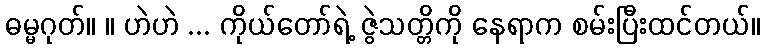
ဓမ္မဂုတ်။ ။ ဟဲဟဲ ... ကိုယ်တော်ရဲ့ ဇွဲသတ္တိကို နေရာက စမ်းပြီးထင်တယ်။